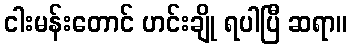
ငါးမန်းတောင် ဟင်းချို ရပါပြီ ဆရာ။